Lock hospitals Punjab
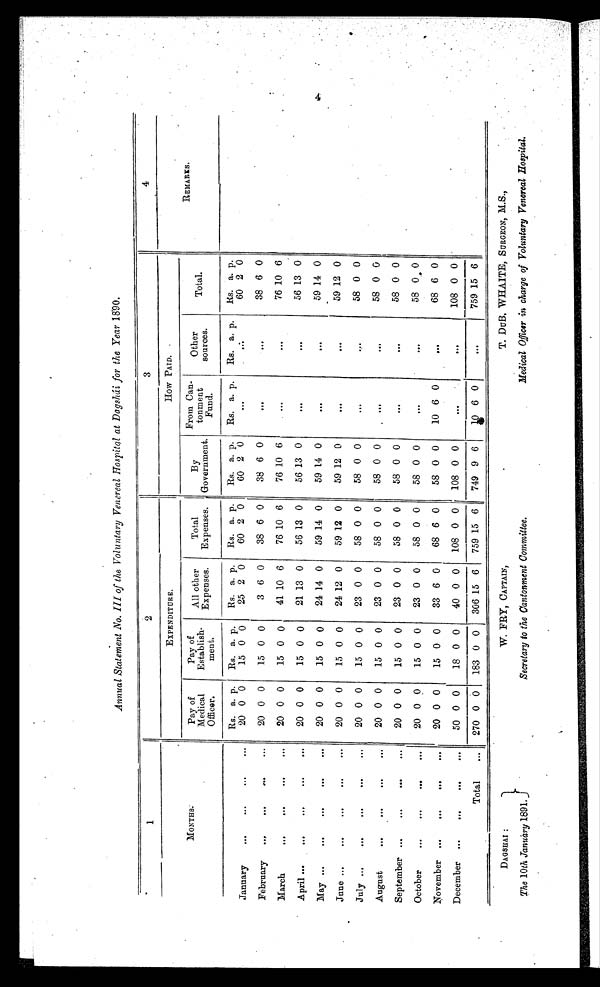
Annual Statement No. III of the Voluntary Venereal Hospital at Dagshái for the Year 1890.
1
2
3
4
M O N T H S .
EXPENDITURE.
How PAID.
Pay of
Medical
Officer.
Pay of
Establish-
meat.
All other
Expenses.
Total
Expenses.
By
Government.
From Can-
tonment
Fund.
Other
sources.
Total.
REMARK&
Rs. a. p.
Rs. a. p.
Rs. a. p.
Rs. a. p.
Rs. a. p.
Rs. a. p.
Rs. a. p.
Rs. a. p.
January
20 0 0
15 0 0
25 2 0
60 2 0
60 2 0
. . .
. . .
60 2 0
February
20 0 0
15 0 0
3 6 0
38 6 0
38 6 0
. . .
. . .
38 6 0
March
20 0 0
15 0 0
41 10 6
76 10 6
76 10 6
. . .
. . .
76 10 6
April
20 0 0
15 0 0
21 13 0
56 13 0
56 13 0
. . .
...
56 13 0
May
20 0 0
15 0 0
24 14 0
59 14 0
59 14 0
. . .
. . .
59 14 0
June
20 0 0
15 0 0
24 12 0
59 12 0
59 12 0
. . .
. . .
59 12 0
July
20 0 0
15 0 0
23 0 0
58 0 0
58 0 0
. . .
...
58 0 0
August
20 0 0
15 0 0
23 0 0
58 0 0
58 0
. . .
. . .
58 0 0
September
20 0 0
15 0 0
23 0 0
58 0 0
58 0 0
. . .
. . .
58 0 0
October
20 0
0
15 0 0
23 0 0
58 0 0
58 0 0
. . .
. . .
58 0 0
November
20 0 0
15 0 0
33 6 0
68 6 0
58 0 0
10 6 0
...
68 6 0
December
50 0 0
18 0 0
40 0 0
108 0 0
108 0 0
. . .
108 0 0
Total
270 0 0
183 0 0
306 15 6
759 15 6
749 9 6
1 0 6 0
. . .
759 15 6
DAGSHAI :
W.
W.
FRY, CAPTAIN,
T.DUB, WHAITE, SURGEON, M.S.,
The 10th January 1891. } Secretary to the cantonment Committee.
Medical Officer in charge of Voluntary Venereal Hospital.